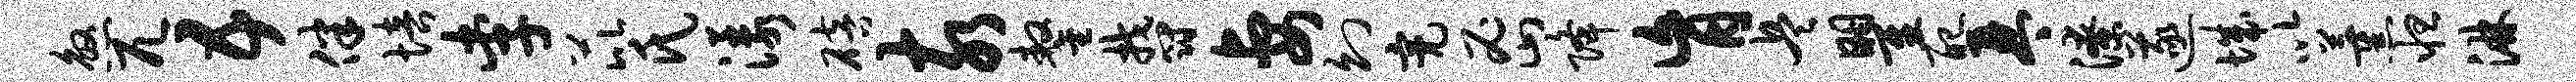
煞兀五伴培李芘氏漾碚亥鏊郁妻幻亮密降肓兵瞿配琴潦遂城以薰怛淋